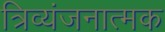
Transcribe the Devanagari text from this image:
त्रिव्यंजनात्मक